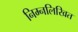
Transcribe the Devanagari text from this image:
निम्नलिखित